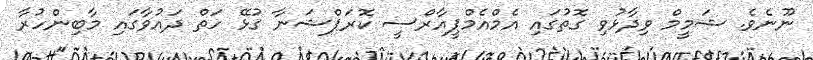
ނޫނެވެ. ޝަމީމް ވިދާޅުވި ގޮތުގައި އެމްއެމްޕީއާރްސީ ކޮރަޕްޝަނާ ގުޅޭ ހަތް ދައުވާގައި މާބިންހުރާ